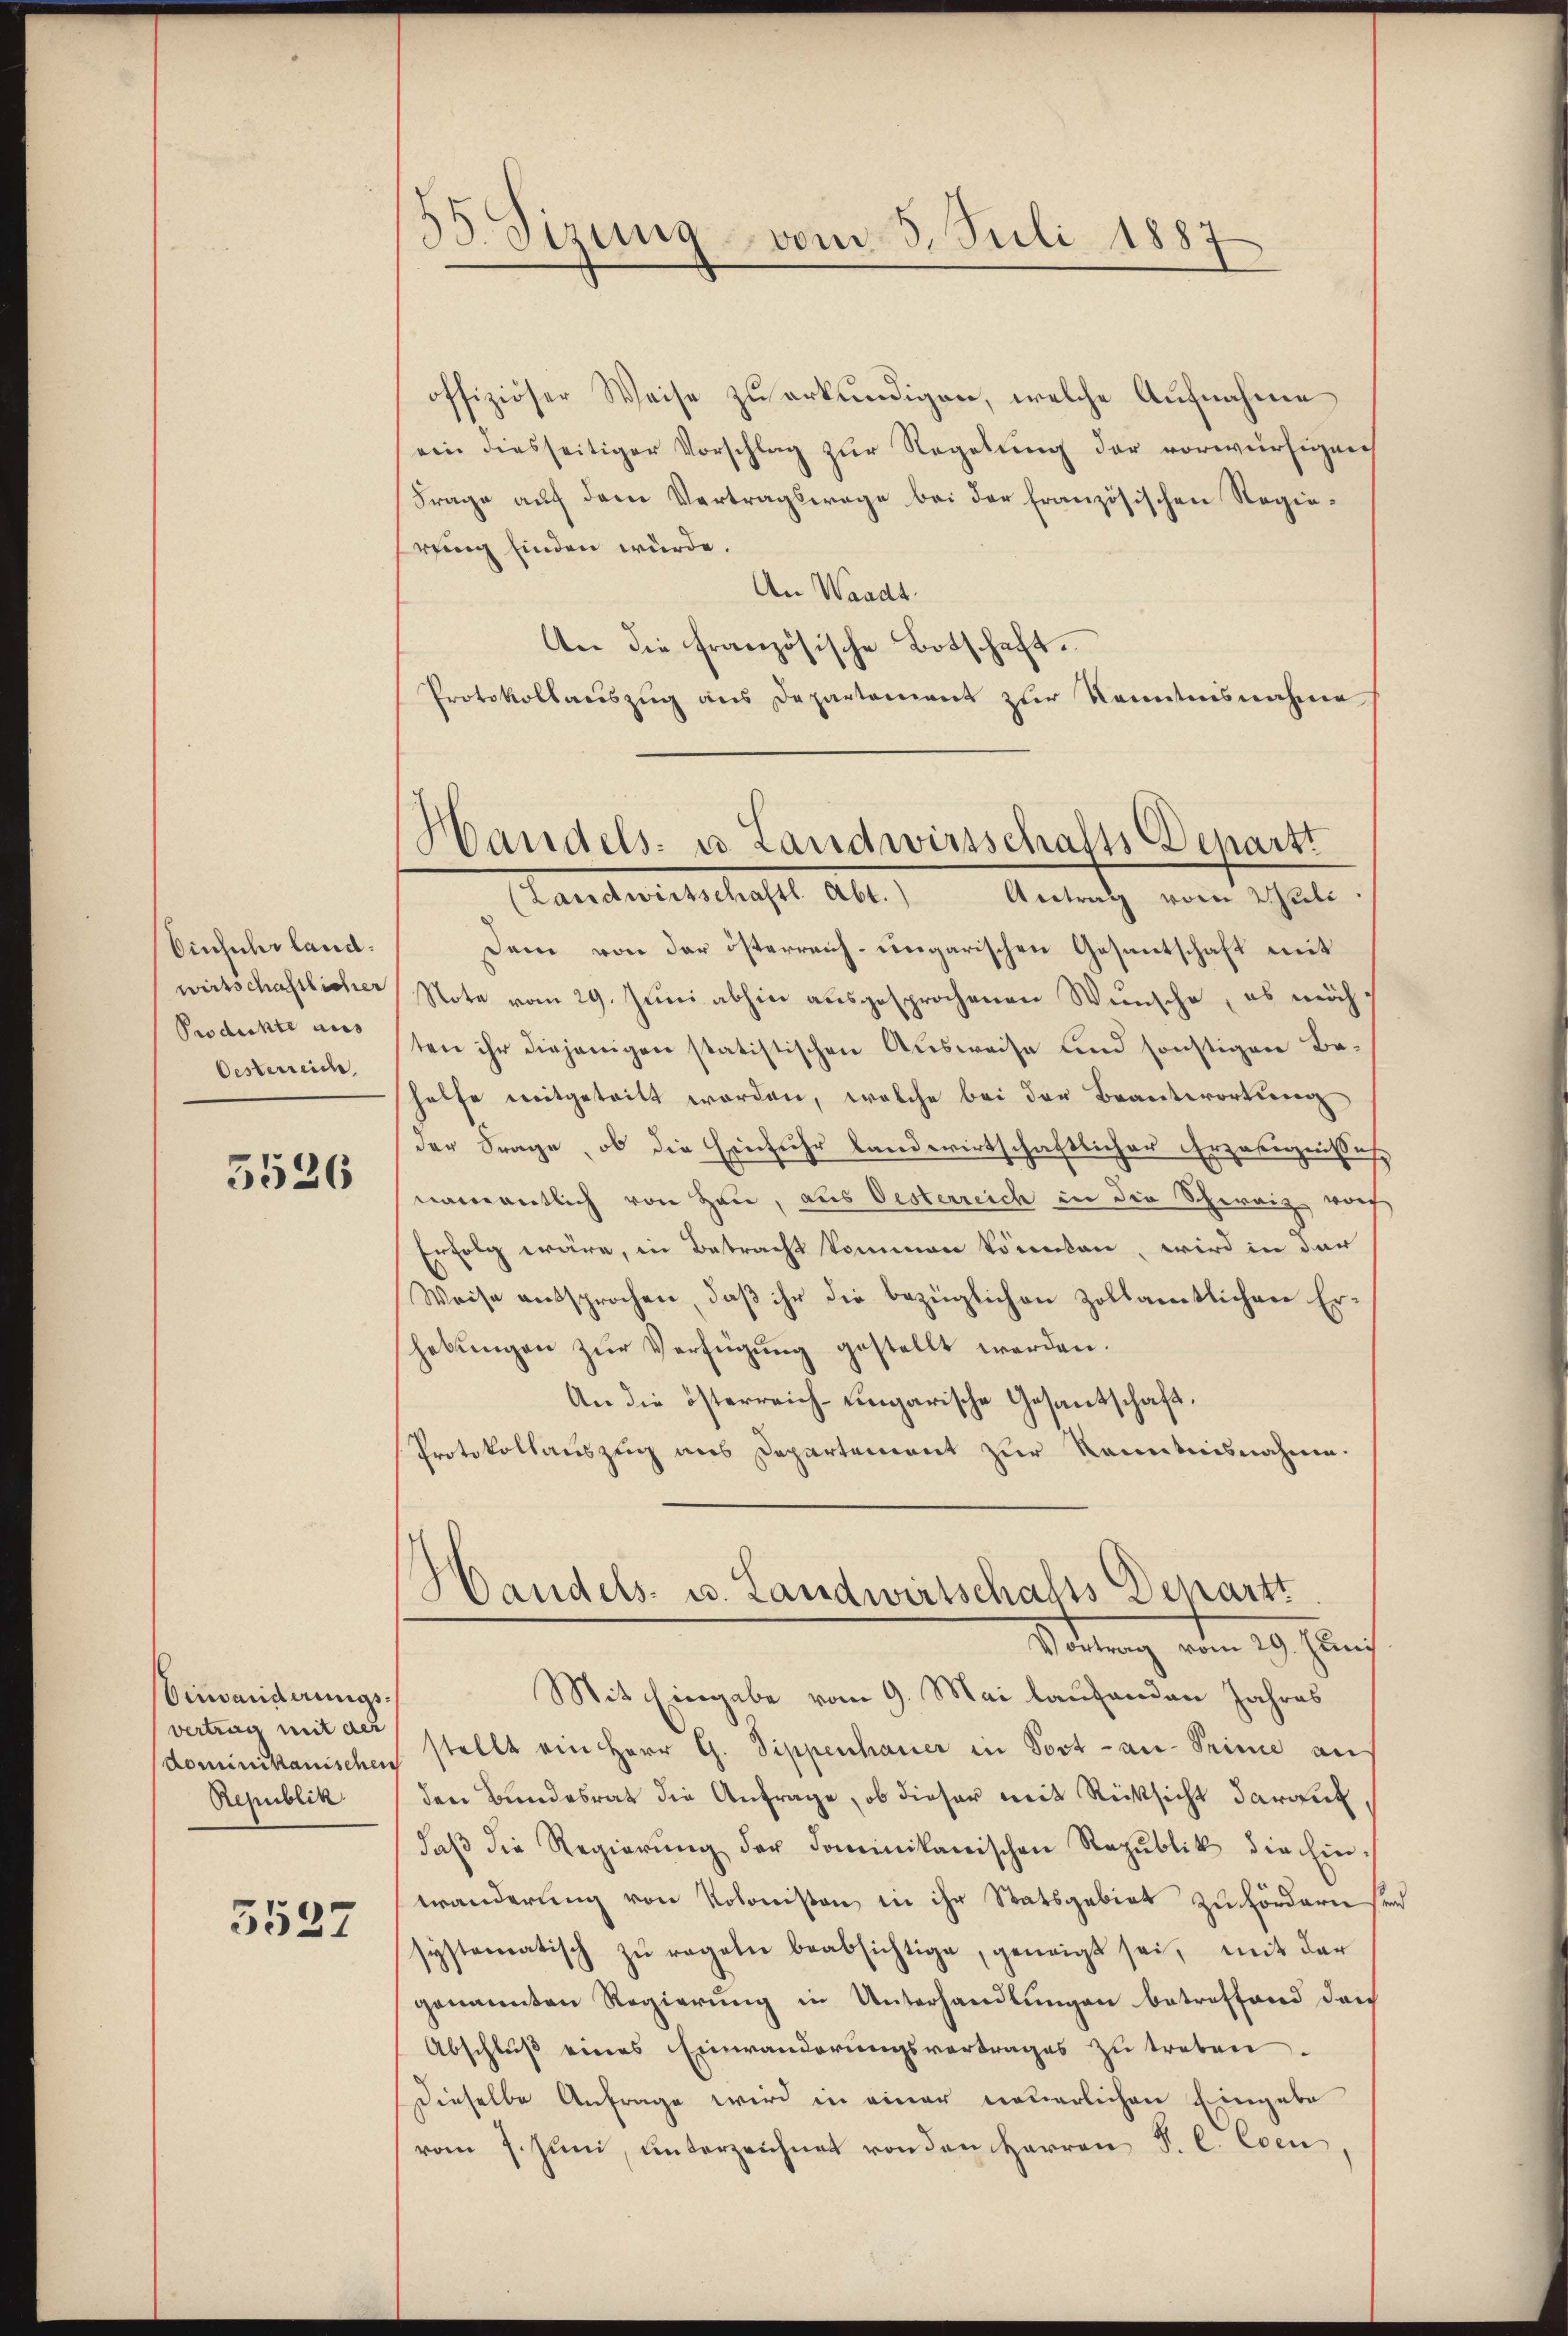
Einfuhr landwirtschaftlicher
Produkte aus
Oesterreich

5526

Einwanderungsvertrag mit der
Republik

3537

35 Sizung vom 3. Juli 1887

Handels- u. Landwirtschafts-Departt

offiziöser Weise zu erkundigen, welche Aufnahme
ein diesseitiger Vorschlag zur Regelung der vorwürfigen
Frage auf dem Vertragswage bei der französischen Regierung finden würde.
An Waadt.
An die französische Botschaft.
Protokollaŭszŭg ans Departement zur Kenntnisnahme
(Landwirtschaftl. Abt. Antrag vom Wali.
Dem von der österreich-ungarischen Gesantschaft mit
Note vom 29. Juni abhin ausgesprochenen Wünsche, es möchten ihr diejenigen statistischen Ausweise und sonstigen Behelfe mitgeteilt worden, welche bei der Branterortung
der Frage, ob die Einfuhr landwirtschaftlicher Erzeugnisses
namentlich von Heu, aus Oesterreich in die Schweiz wach
Erfolg wäre, in Betracht kommen könnten, wird in der
Weise entsprochen, daß ihr die bezüglichen Zollamtlichen Erhebungen zur Verfügung gestellt werden.
An die österreich-Eingarische Gesandschaft.
Protokollauszug aus Departement zur Kenntnisnahme.
Handels- u. Landwirtschafts Departt
Vortrag vom 29. Juni
Mit Eingabe vom 9. Mai laufenden Jahres
dominikanischen stellt ein Herr G. Sippenhauer in Post - an- Seine an
den Bundesrat die Anfrage, ob dieser mit Rücksicht darauf,
daβ die Regierŭng der Dominikanischen Republik die Einwanderung von Kolonisten in ihr Statsgebiet zuförderns.
systematisch zu regeln beabsichtige, geneigt sei, mit der
genannten Regierung in Unterhandlungen betreffend den
Abschluß eines Einwanderungsvortrages zu treten
Dieselbe Anfrage wird in einer neuerlichen Eingabe
vom 7. Juni, unterzeichnet von den Herren P. C. Eben